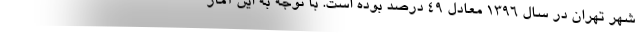
شهر تهران در سال ۱۳۹۶ معادل ۴۹ درصد بوده است. با توجه به این آمار